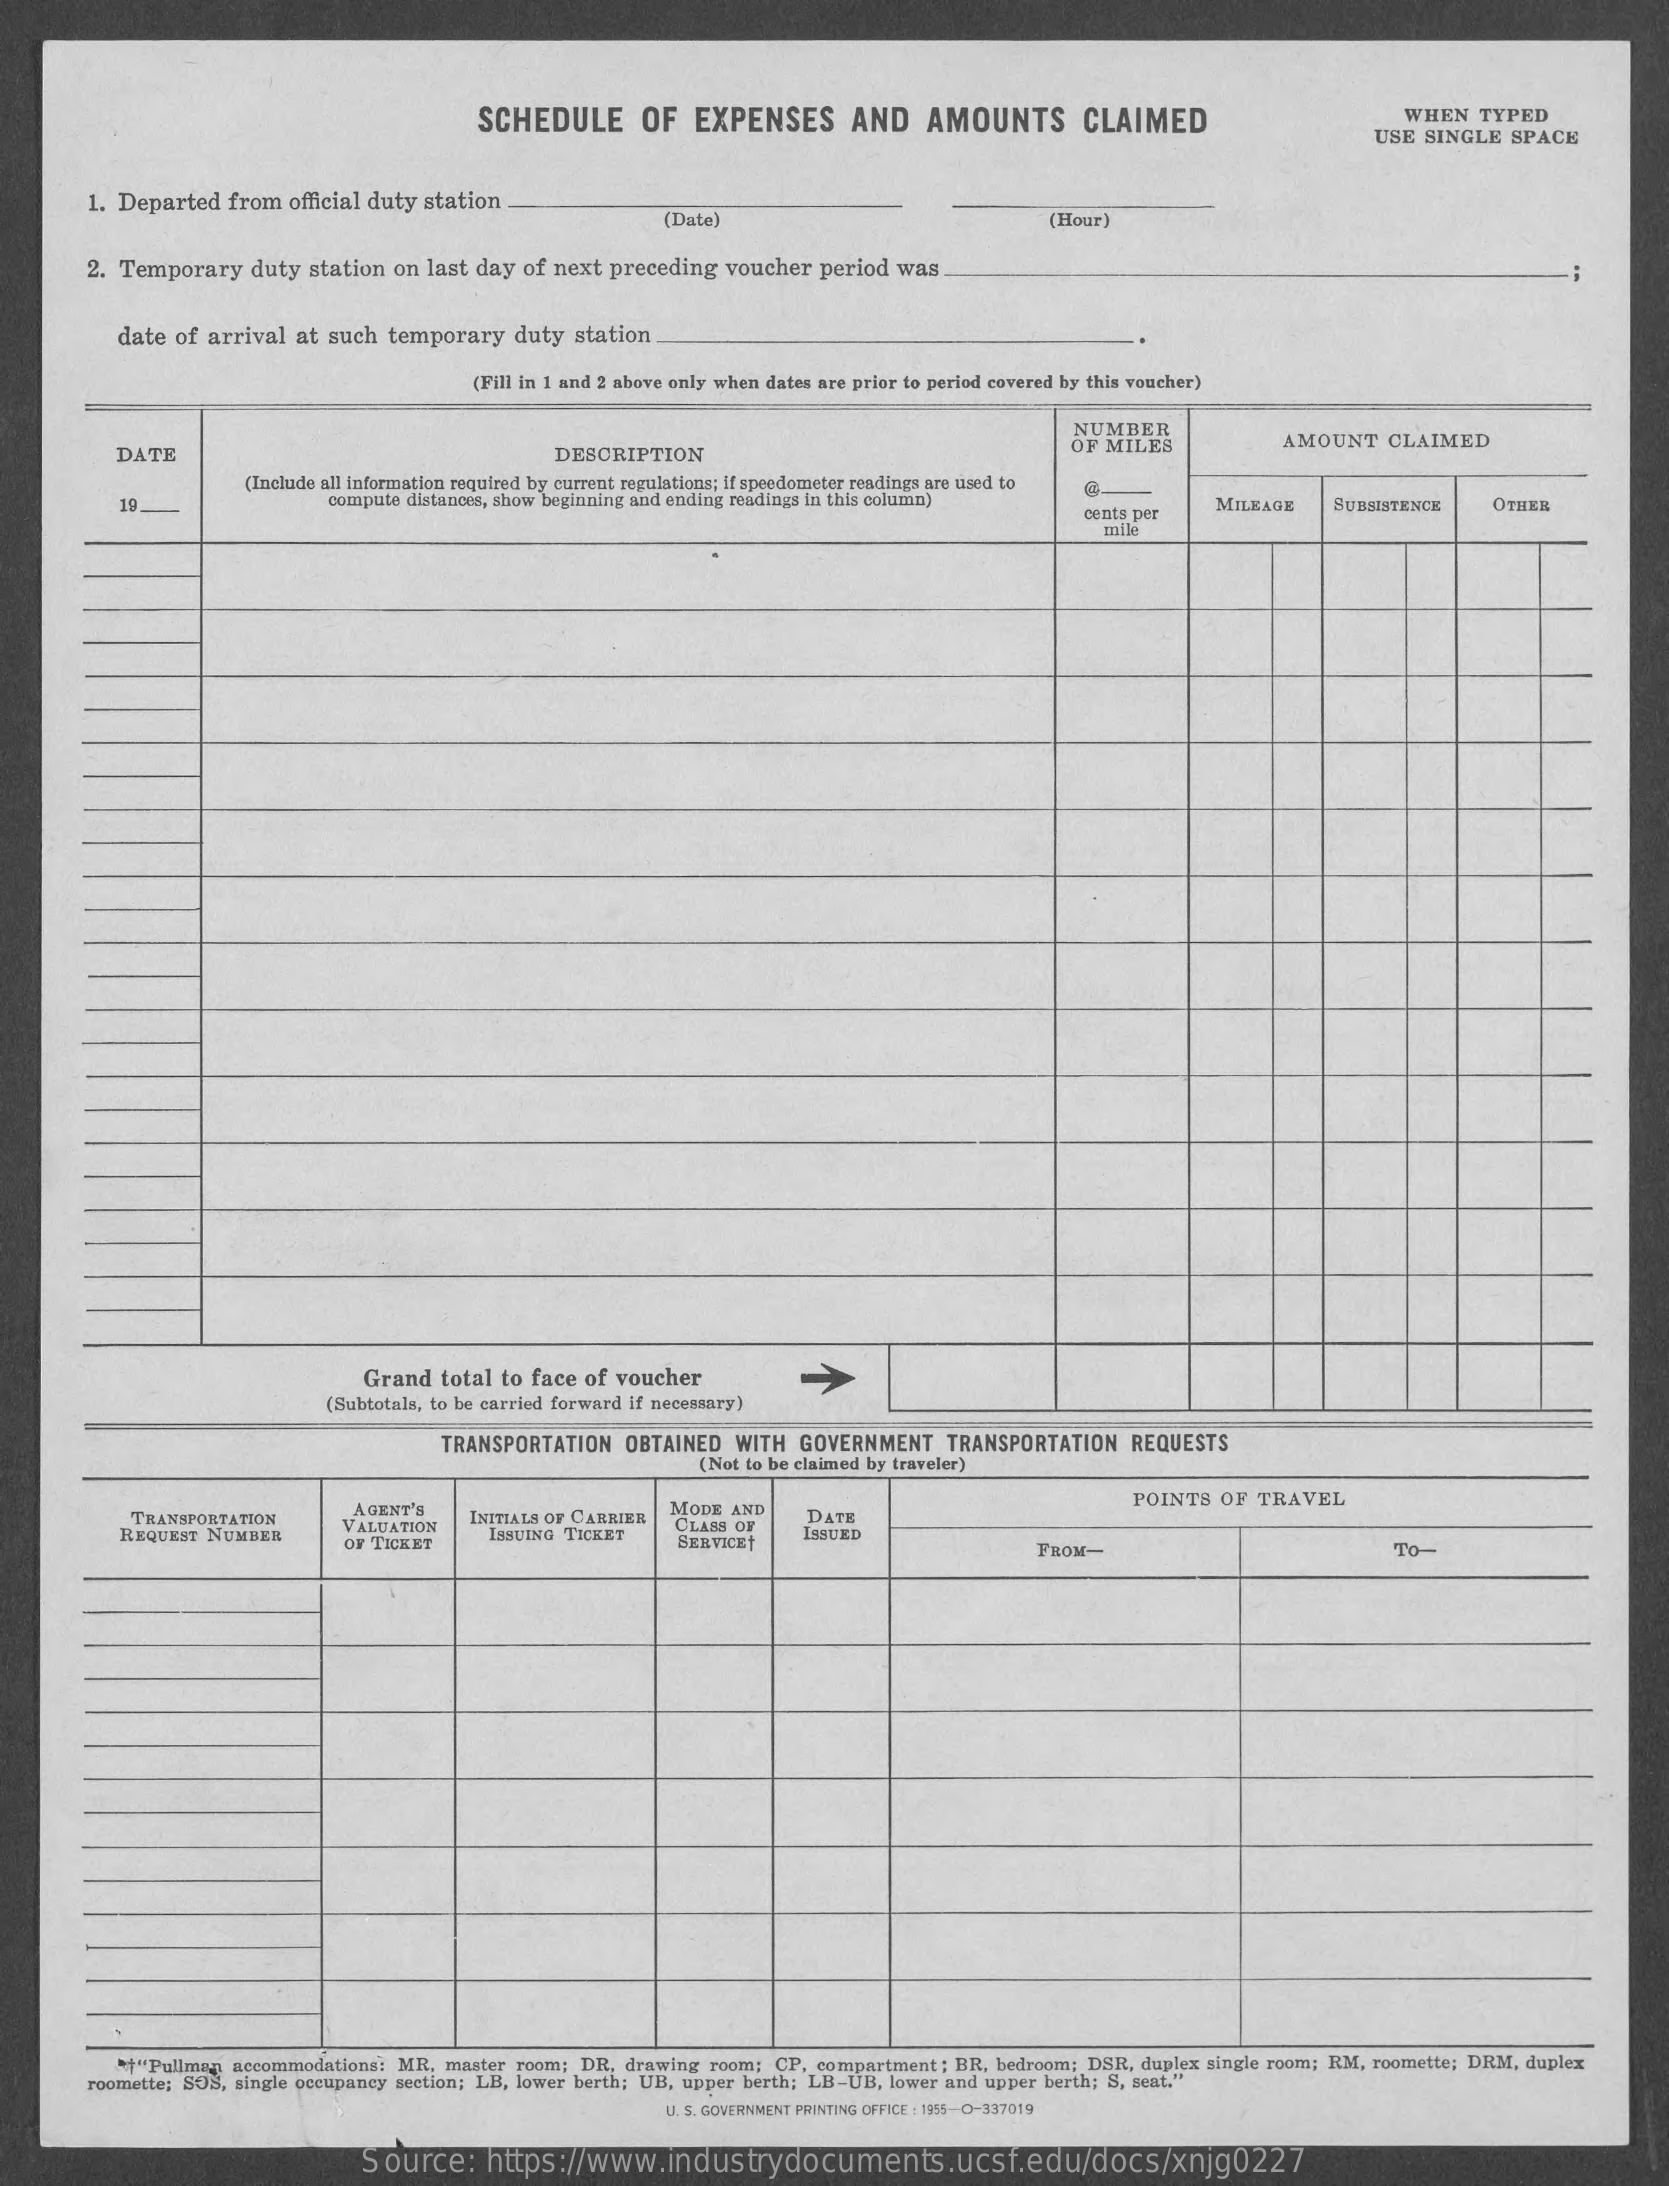
SCHEDULE    OF   EXPENSES    AND    AMOUNTS    CLAIMED    WHEN  TYPED
     USE SINGLE SPACE
     1. Departed from official duty station
     (Date    (Hour)
     2. Temporary duty station on last day of next preceding voucher period was.
     date of arrival at such temporary duty station
     (Fill in 1 and 2 above only when dates are prior to period covered by this voucher)
     NUMBER
     DATE    DESCRIPTION
     OF MILES    AMOUNT  CLAIMED
     (Include all information required by current regulations; If speedometer readings are used to
     19.    compute distances, show beginning and ending readings in this column)
     cents per
     MILEAGE   SUBSISTENCE  OTHER
     mil
     Grand total to face of voucher
     (Subtotala, to be carried forward If necesanry)
     TRANSPORTATION OBTAINED WITH GOVERNMENT  TRANSPORTATION  REQUESTS
     (Not to be claimed by traveler)
     AGENT'S    MODE AND    POINTS OF  TRAVEL
     TRANSPORTATION
     REQUEST NUMBER
     VALUATION
     INITIALS OF CARRIER
     ISSUING TICKET
     CLABS OF   DATE
     OF TICKET    SERVICET
     ISSUED
     FROM-    To-
     "+"Pullman accommodations: MR. master room; DR, drawing room; CP, compartment ; BR, bedroom; DSR, duplex single room; RM, roomette; DRM, duplex
     roomette: SOS, single occupancy section; LB, lower berth; UB, upper berth; LB-UB, lower and upper berth; S, seat."
     U. S. GOVERNMENT PRINTING OFFICE : 1955-0-337019
     Source:   https://www.industrydocuments.ucsf.edu/docs/xnjg0227